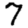
Digit: 7